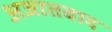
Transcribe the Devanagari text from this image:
अजातवाद